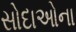
સોદાઓના